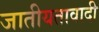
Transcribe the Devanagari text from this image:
जातीयतावादी